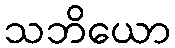
သဘိယော